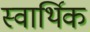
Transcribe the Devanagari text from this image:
स्वार्थिक